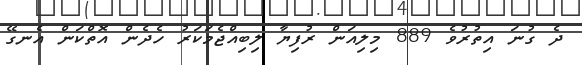
ދެ ގުނަ އިތުރުވެ 889 މިލިއަން ރުފިޔާ ލިބިއްޖެމަކަރު ހެދެން އޮތްކަން އެނގޭ